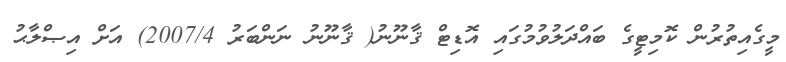
މީގެއިތުރުން ކޮމިޓީގެ ބައްދަލުވުމުގައި އޮޑިޓް ޤާނޫނު( ޤާނޫނު ނަންބަރު 2007/4) އަށް އިޞްލާޙު